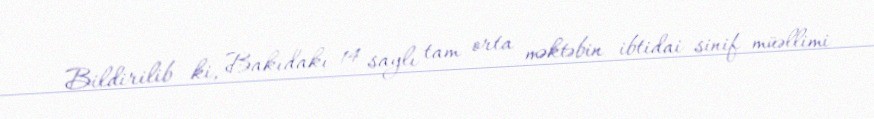
Bildirilib ki, Bakıdakı 14 saylı tam orta məktəbin ibtidai sinif müəllimi